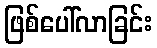
ဖြစ်ပေါ်လာခြင်း